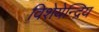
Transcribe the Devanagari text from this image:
विशेयेन्द्रिय